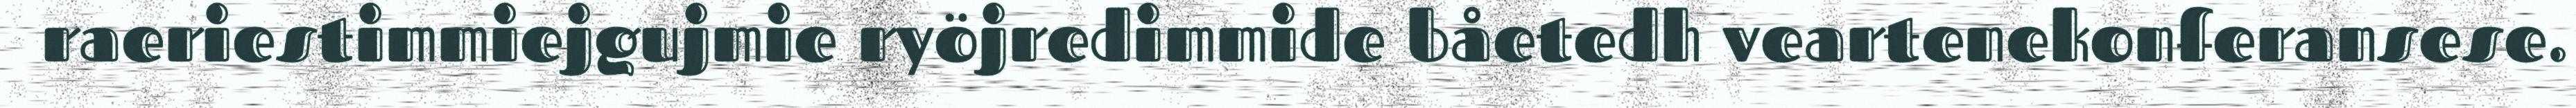
raeriestimmiejgujmie ryöjredimmide båetedh veartenekonferansese.